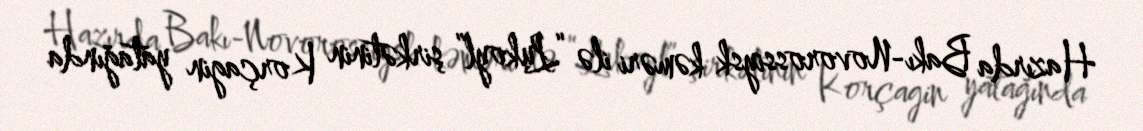
Hazırda Bakı-Novorossiysk kəməri ilə “Lukoyl” şirkətinin Korçagin yatağında